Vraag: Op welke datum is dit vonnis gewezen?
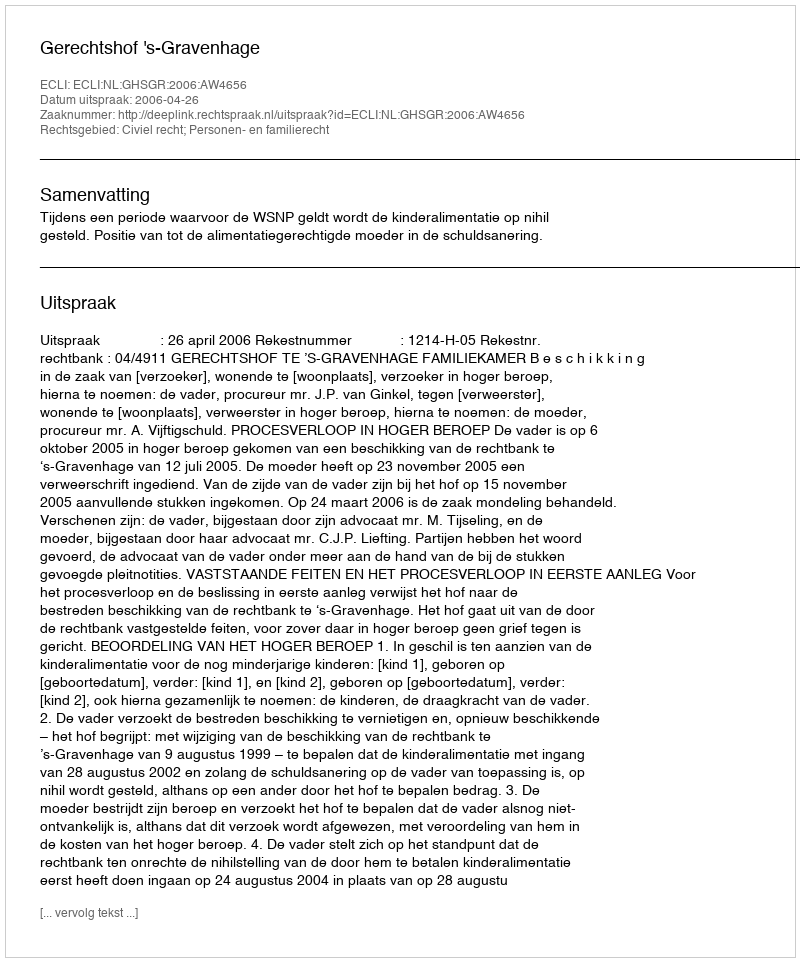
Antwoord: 2006-04-26